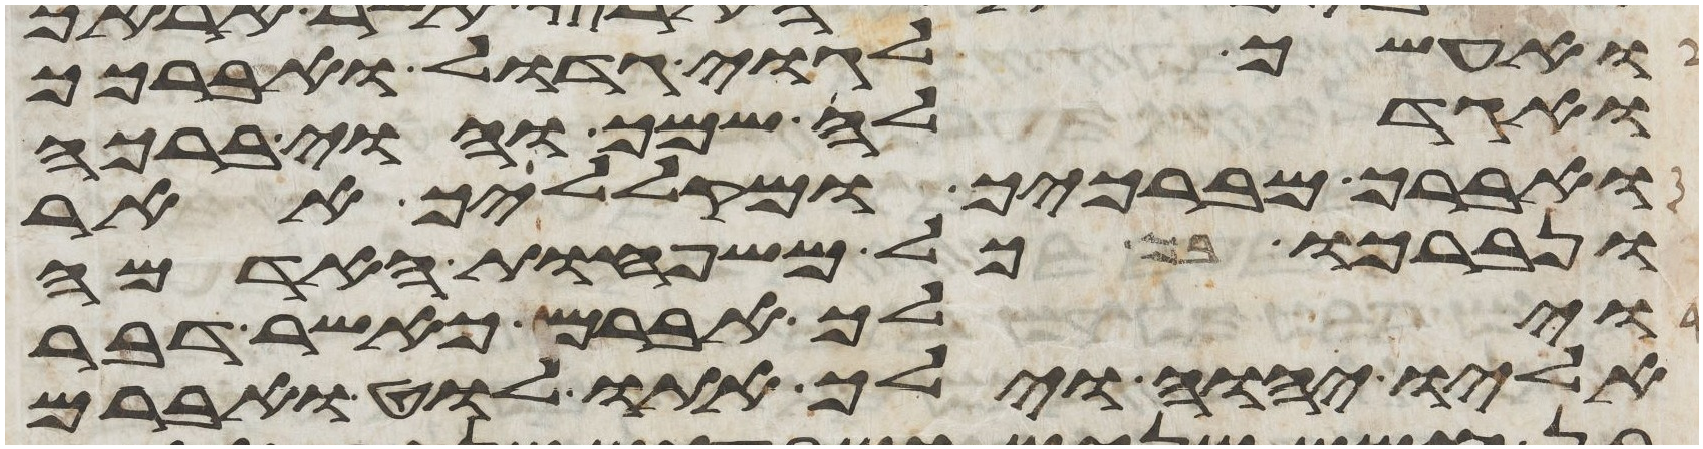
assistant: ואעשך לגוי גדול ואברכך
ואגדלה שמך והוי ברכה
ואברך מברכיך ומקלליך אאר
ונברכו בך כל משפחות האדמה
וילך אברם כאשר דבר
אליו יהוה וילך אתו לוט ואברם